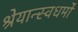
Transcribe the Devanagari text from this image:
श्रेयान्स्वधर्मो